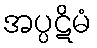
အပ္ပဋိမံ